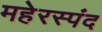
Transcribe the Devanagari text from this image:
महेरस्पंद